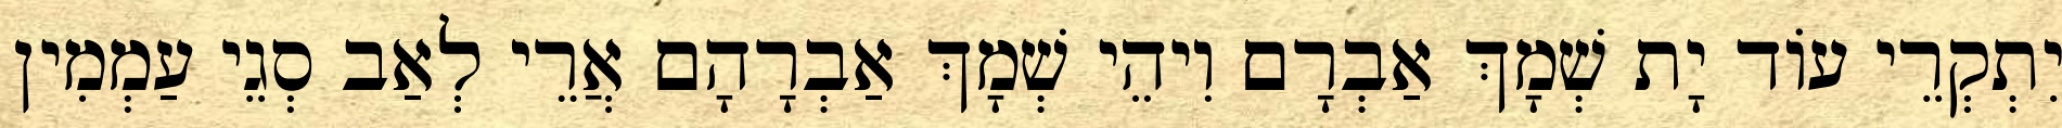
יִתְקְרֵי עוֹד יָת שְׁמָךְ אַבְרָם וִיהֵי שְׁמָךְ אַבְרָהָם אֲרֵי לְאַב סְגֵי עַמְמִין